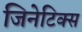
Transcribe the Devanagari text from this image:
जिनेटिक्स